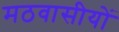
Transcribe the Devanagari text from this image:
मठवासीयों